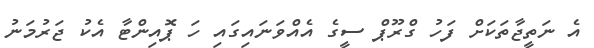
އެ ނަތީޖާތަކަށް ފަހު ގްރޫޕް ސީގެ އެއްވަނައިގައި ހަ ޕޮއިންޓާ އެކު ޖަރުމަނު